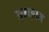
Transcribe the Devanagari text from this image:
अन्‍नधन